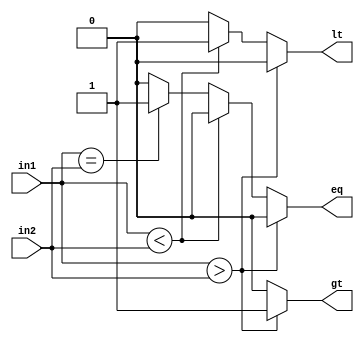
module COMPARATOR(gt, lt, eq, in1, in2);
	output reg gt, lt, eq;
	input [7:0] in1, in2;
	
	always@(*) begin
		gt<=0;
		lt<=0;
		eq<=0;
		if(in1>in2)
			gt<=1;
		else if(in1<in2)
			lt<=1;
		else if (in1==in2)
			eq<=1;
	end
endmodule